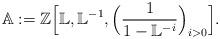
LaTeX: \begin{align*}\mathbb{A}:=\mathbb{Z}\Big[\mathbb{L},\mathbb{L}^{-1},\Big(\frac{1}{1-\mathbb{L}^{-{i}}}\Big)_{i>0}\Big].\end{align*}